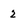
Character: 2